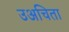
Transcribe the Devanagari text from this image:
उअचिता